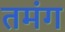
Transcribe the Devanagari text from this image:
तमंग